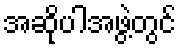
အဆိုပါအဖွဲ့တွင်